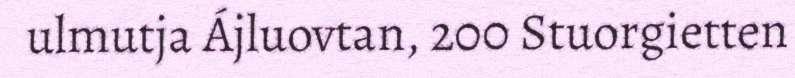
ulmutja Ájluovtan, 200 Stuorgietten